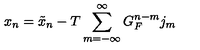
x _ { n } = \tilde { x } _ { n } - T \sum _ { m = - \infty } ^ { \infty } G _ { F } ^ { n - m } j _ { m }